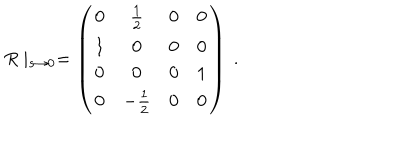
R \mid _ { s \rightarrow 0 } \mathrm { } = \left( \begin{matrix} { { 0 } } & { { \frac { 1 } { 2 } } } & { { 0 } } & { { 0 } } \\ { { 1 } } & { { 0 } } & { { 0 } } & { { 0 } } \\ { { 0 } } & { { 0 } } & { { 0 } } & { { 1 } } \\ { { 0 } } & { { - \frac { 1 } { 2 } } } & { { 0 } } & { { 0 } } \\ \end{matrix} \right) \ .